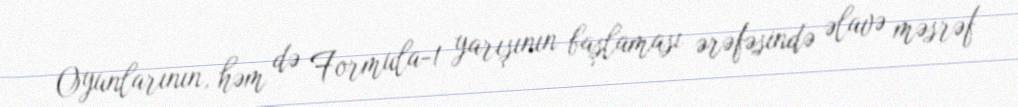
Oyunlarının, həm də Formula-1 yarışının başlaması ərəfəsində əlavə məsrəf